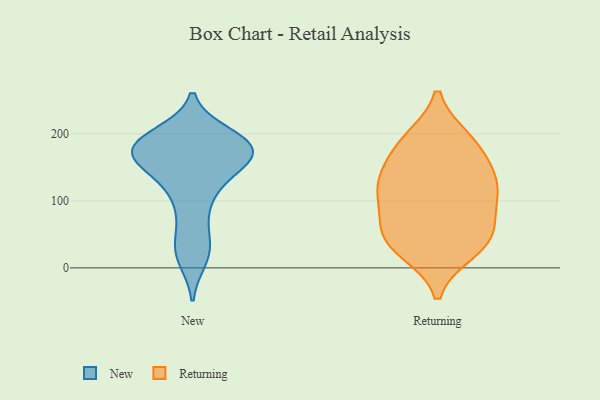
{"axis": {"x": "Active Users", "y": "Value"}, "legend": ["New", "Returning"], "data": [{"x": "", "y": 151, "type": "New"}, {"x": "", "y": 188, "type": "New"}, {"x": "", "y": 24, "type": "New"}, {"x": "", "y": 14, "type": "New"}, {"x": "", "y": 115, "type": "New"}, {"x": "", "y": 163, "type": "New"}, {"x": "", "y": 178, "type": "New"}, {"x": "", "y": 188, "type": "New"}, {"x": "", "y": 112, "type": "New"}, {"x": "", "y": 186, "type": "New"}, {"x": "", "y": 77, "type": "New"}, {"x": "", "y": 167, "type": "New"}, {"x": "", "y": 183, "type": "New"}, {"x": "", "y": 38, "type": "New"}, {"x": "", "y": 178, "type": "New"}, {"x": "", "y": 150, "type": "New"}, {"x": "", "y": 198, "type": "New"}, {"x": "", "y": 167, "type": "New"}, {"x": "", "y": 66, "type": "Returning"}, {"x": "", "y": 38, "type": "Returning"}, {"x": "", "y": 26, "type": "Returning"}, {"x": "", "y": 187, "type": "Returning"}, {"x": "", "y": 40, "type": "Returning"}, {"x": "", "y": 180, "type": "Returning"}, {"x": "", "y": 116, "type": "Returning"}, {"x": "", "y": 138, "type": "Returning"}, {"x": "", "y": 43, "type": "Returning"}, {"x": "", "y": 114, "type": "Returning"}, {"x": "", "y": 139, "type": "Returning"}, {"x": "", "y": 191, "type": "Returning"}, {"x": "", "y": 117, "type": "Returning"}, {"x": "", "y": 82, "type": "Returning"}]}